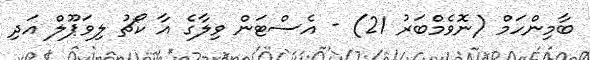
ބާމިންހަމް (ނޮވެމްބަރު 21) - އެސްޓަން ވިލާގެ އާ ކޯޗު ލިވަޕޫލް އަދި